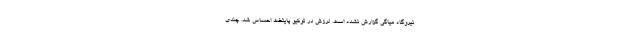
نیروگاه میاگی گزارش نشده است. لرزش در توکیو پایتخت احساس شد. چندی